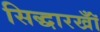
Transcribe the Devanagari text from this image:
सिद्धारखॉँ